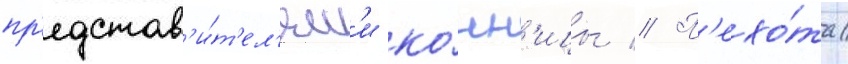
пр'едстав'и́т'ел'ям'и ко́нн'ицы // П'ехо́та